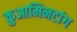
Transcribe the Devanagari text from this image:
कुआमिनटांग